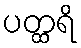
ပတ္ထရိ